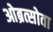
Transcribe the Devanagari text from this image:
ओब्रत्सोवा